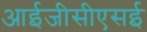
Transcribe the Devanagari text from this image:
आईजीसीएसई